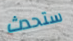
ستحدث